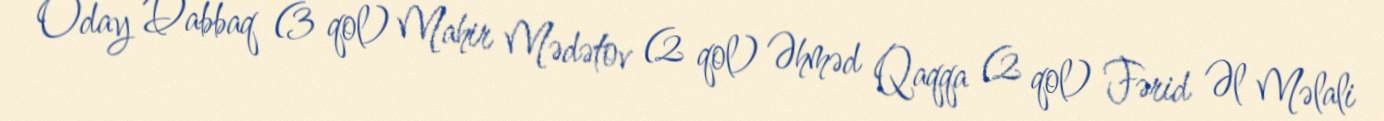
Oday Dabbaq (3 qol) Mahir Mədətov (2 qol) Əhməd Qaqqa (2 qol) Fərid Əl Məlali